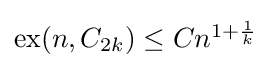
{\textstyle \operatorname {ex} (n,C_{2k})\leq Cn^{1+{\frac {1}{k}}}}